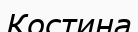
Костина